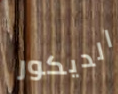
الديكور